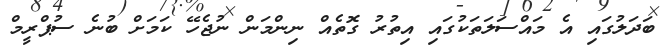
ބަދަލުގައި އެ މައްސަލަތަކުގައި އިތުރު ގޮތެއް ނިންމަން ނުޖެހޭ ކަމަށް ބުނެ ސުޕްރީމް